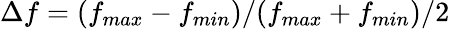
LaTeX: \Delta f=(f_{max}-f_{min})/(f_{max}+f_{min})/2